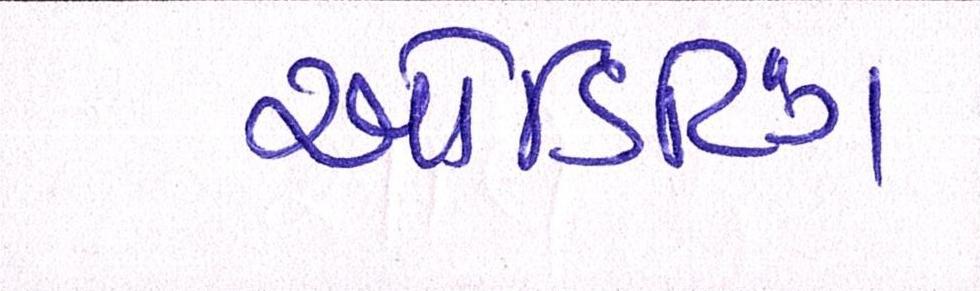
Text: ઓડિટિંગ